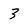
Character: 3